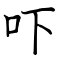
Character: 吓